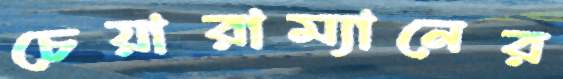
চেয়ারাম্যানের